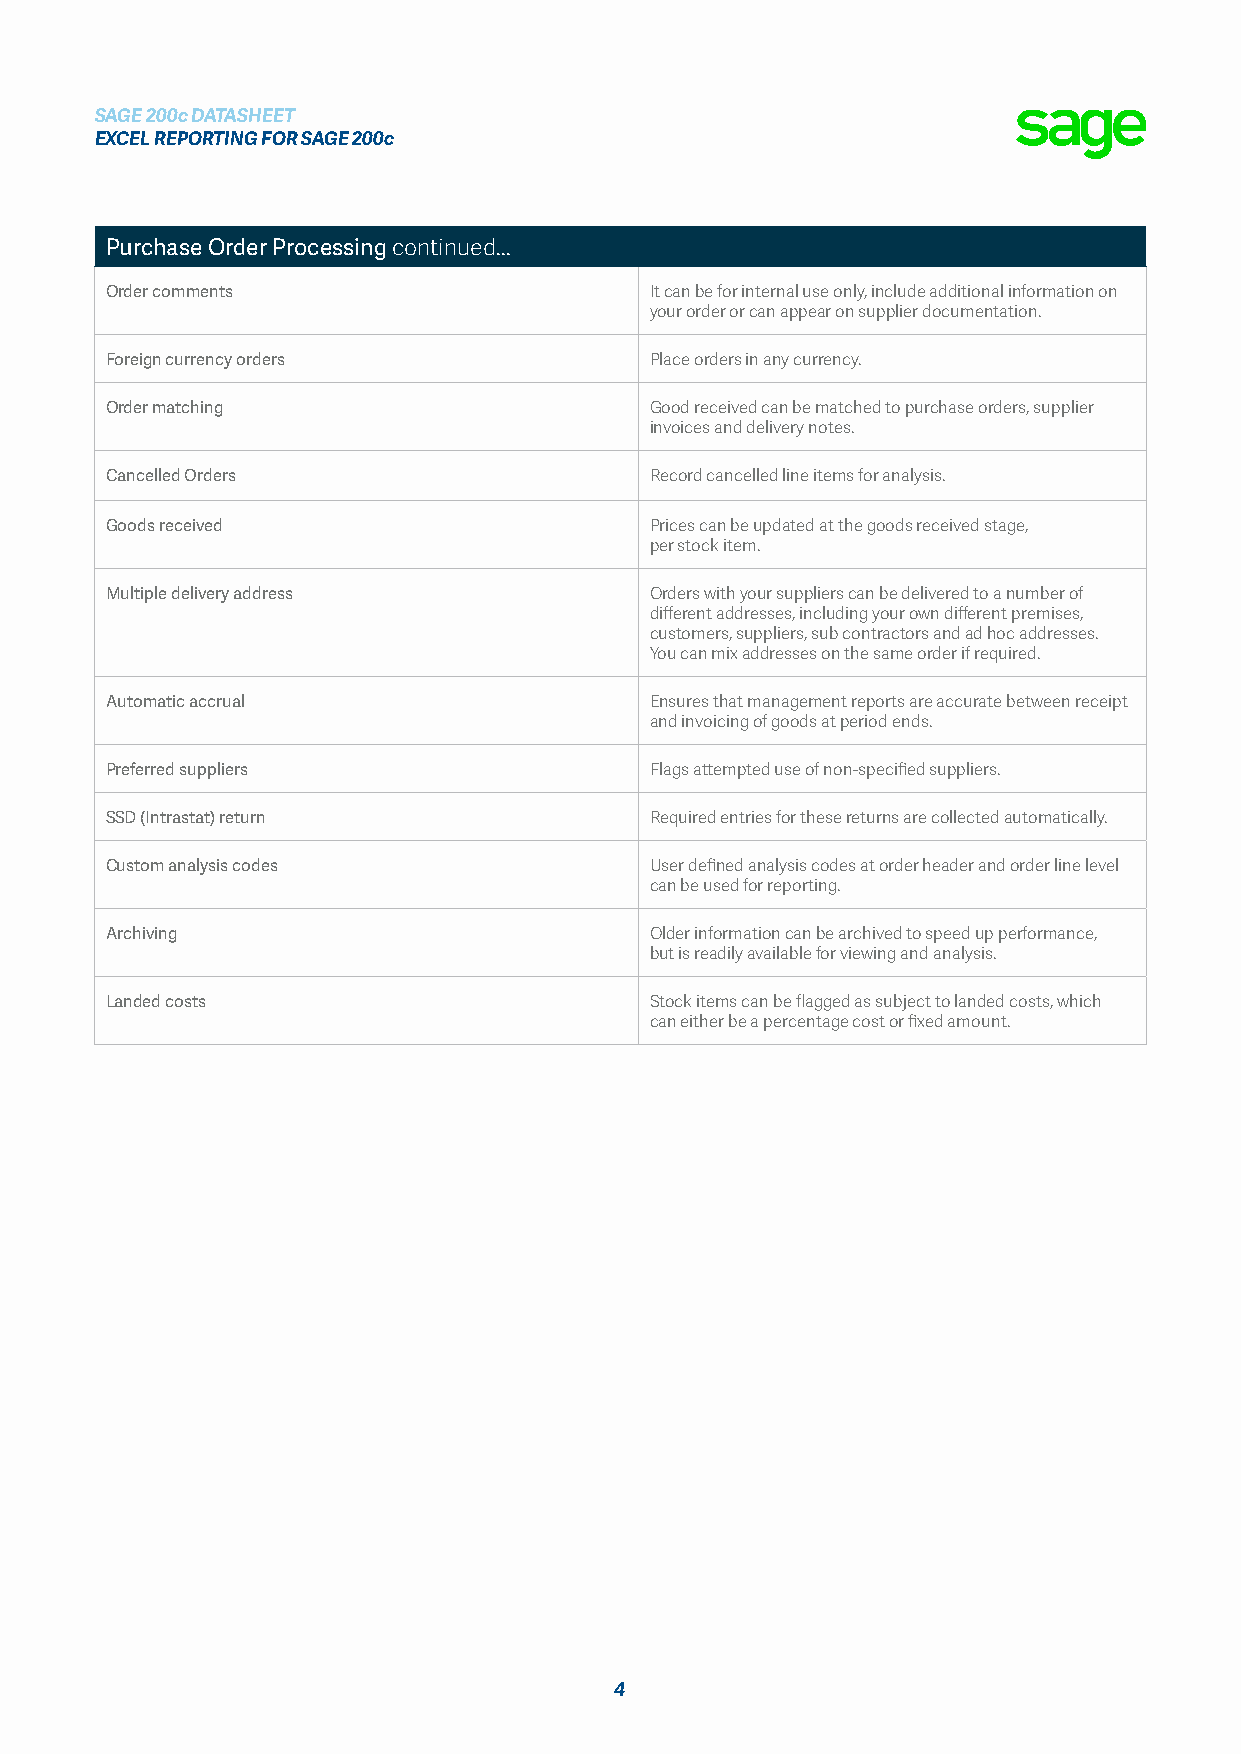
SAGE 200c DATASHEET
 EXCEL REPORTING FOR SAGE 200c
 Purchase Order Processing continued...
 Order comments                      It can be for internal use only, include additional information on
 your order or can appear on supplier documentation.
 Foreign currency orders             Place orders in any currency.
 Order matching                      Good received can be matched to purchase orders, supplier
 invoices and delivery notes.
 Cancelled Orders                    Record cancelled line items for analysis.
 Goods received                      Prices can be updated at the goods received stage,
 per stock item.
 Multiple delivery address           Orders with your suppliers can be delivered to a number of
 different addresses, including your own different premises,
 customers, suppliers, sub contractors and ad hoc addresses.
 You can mix addresses on the same order if required.
 Automatic accrual                   Ensures that management reports are accurate between receipt
 and invoicing of goods at period ends.
 Preferred suppliers                 Flags attempted use of non-specified suppliers.
 SSD (Intrastat) return              Required entries for these returns are collected automatically.
 Custom analysis codes               User defined analysis codes at order header and order line level
 can be used for reporting.
 Archiving                           Older information can be archived to speed up performance,
 but is readily available for viewing and analysis.
 Landed costs                        Stock items can be flagged as subject to landed costs, which
 can either be a percentage cost or fixed amount.
 4